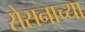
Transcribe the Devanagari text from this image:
सेसनाच्या